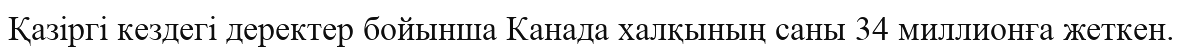
Қазіргі кездегі деректер бойынша Канада халқының саны 34 миллионға жеткен.